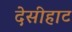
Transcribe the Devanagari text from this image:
देसीहाट